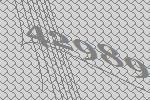
42989